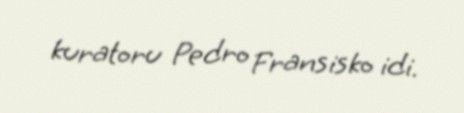
kuratoru Pedro Fransisko idi.